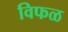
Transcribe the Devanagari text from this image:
विफळ